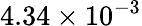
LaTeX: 4.34\times 10^{-3}